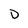
Character: D